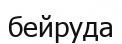
бейруда